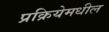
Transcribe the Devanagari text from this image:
प्रक्रियेमधील